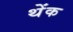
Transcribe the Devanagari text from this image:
थेंक